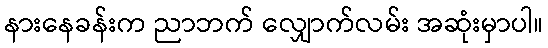
နားနေခန်းက ညာဘက် လျှောက်လမ်း အဆုံးမှာပါ။